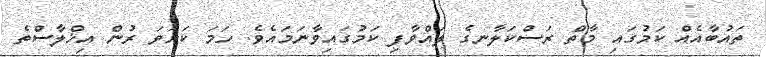
ތައުބާއެއް ކަމުގައި މާތް ރަސްކަލާނގެ ލައްވާފި ކަމުގައިވާނަމައެވެ. ހަމަ ކަށަވަ ރުން އިޚްލާސްތެ